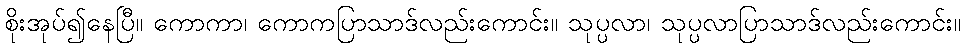
စိုးအုပ်၍နေပြီ။ ကောကာ၊ ကောကပြာသာဒ်လည်းကောင်း။ သုပ္ပလာ၊ သုပ္ပလာပြာသာဒ်လည်းကောင်း။